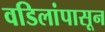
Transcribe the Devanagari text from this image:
वडिलांपासून